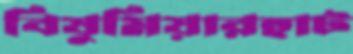
বিষুমিয়ারহাট